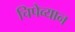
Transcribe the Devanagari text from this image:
चिपेव्यान